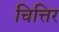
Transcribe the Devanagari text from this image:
चित्तिर